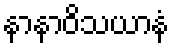
နာနာဝိသယာနံ